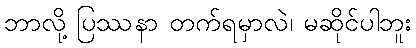
ဘာလို့ ပြဿနာ တက်ရမှာလဲ၊ မဆိုင်ပါဘူး